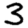
Digit: 3